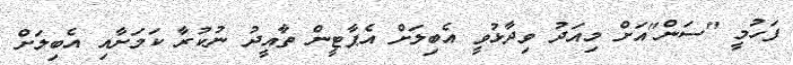
ފަހުމީ "ސަން"އަށް މިއަދު ވިދާޅުވީ އެބިލަށް އެޕާޓީން ތާއީދު ނުކުރާ ކަމަށާއި އެބިލަށް